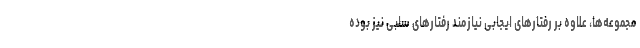
مجموعه‌ها، علاوه بر رفتارهای ایجابی نیازمند رفتارهای سلبی نیز بوده